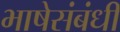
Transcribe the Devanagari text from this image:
भाषेसंबंधी